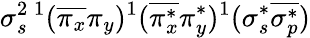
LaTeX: \sigma_{s}^{2}{}\, ^{1}(\overline{{\pi_{x}}}\pi_{y})^{1}(\overline{{\pi_{x}^{*}}}\pi_{y}^{*})^{1}(\sigma_{s}^{*}\overline{{\sigma_{p}^{*}}})